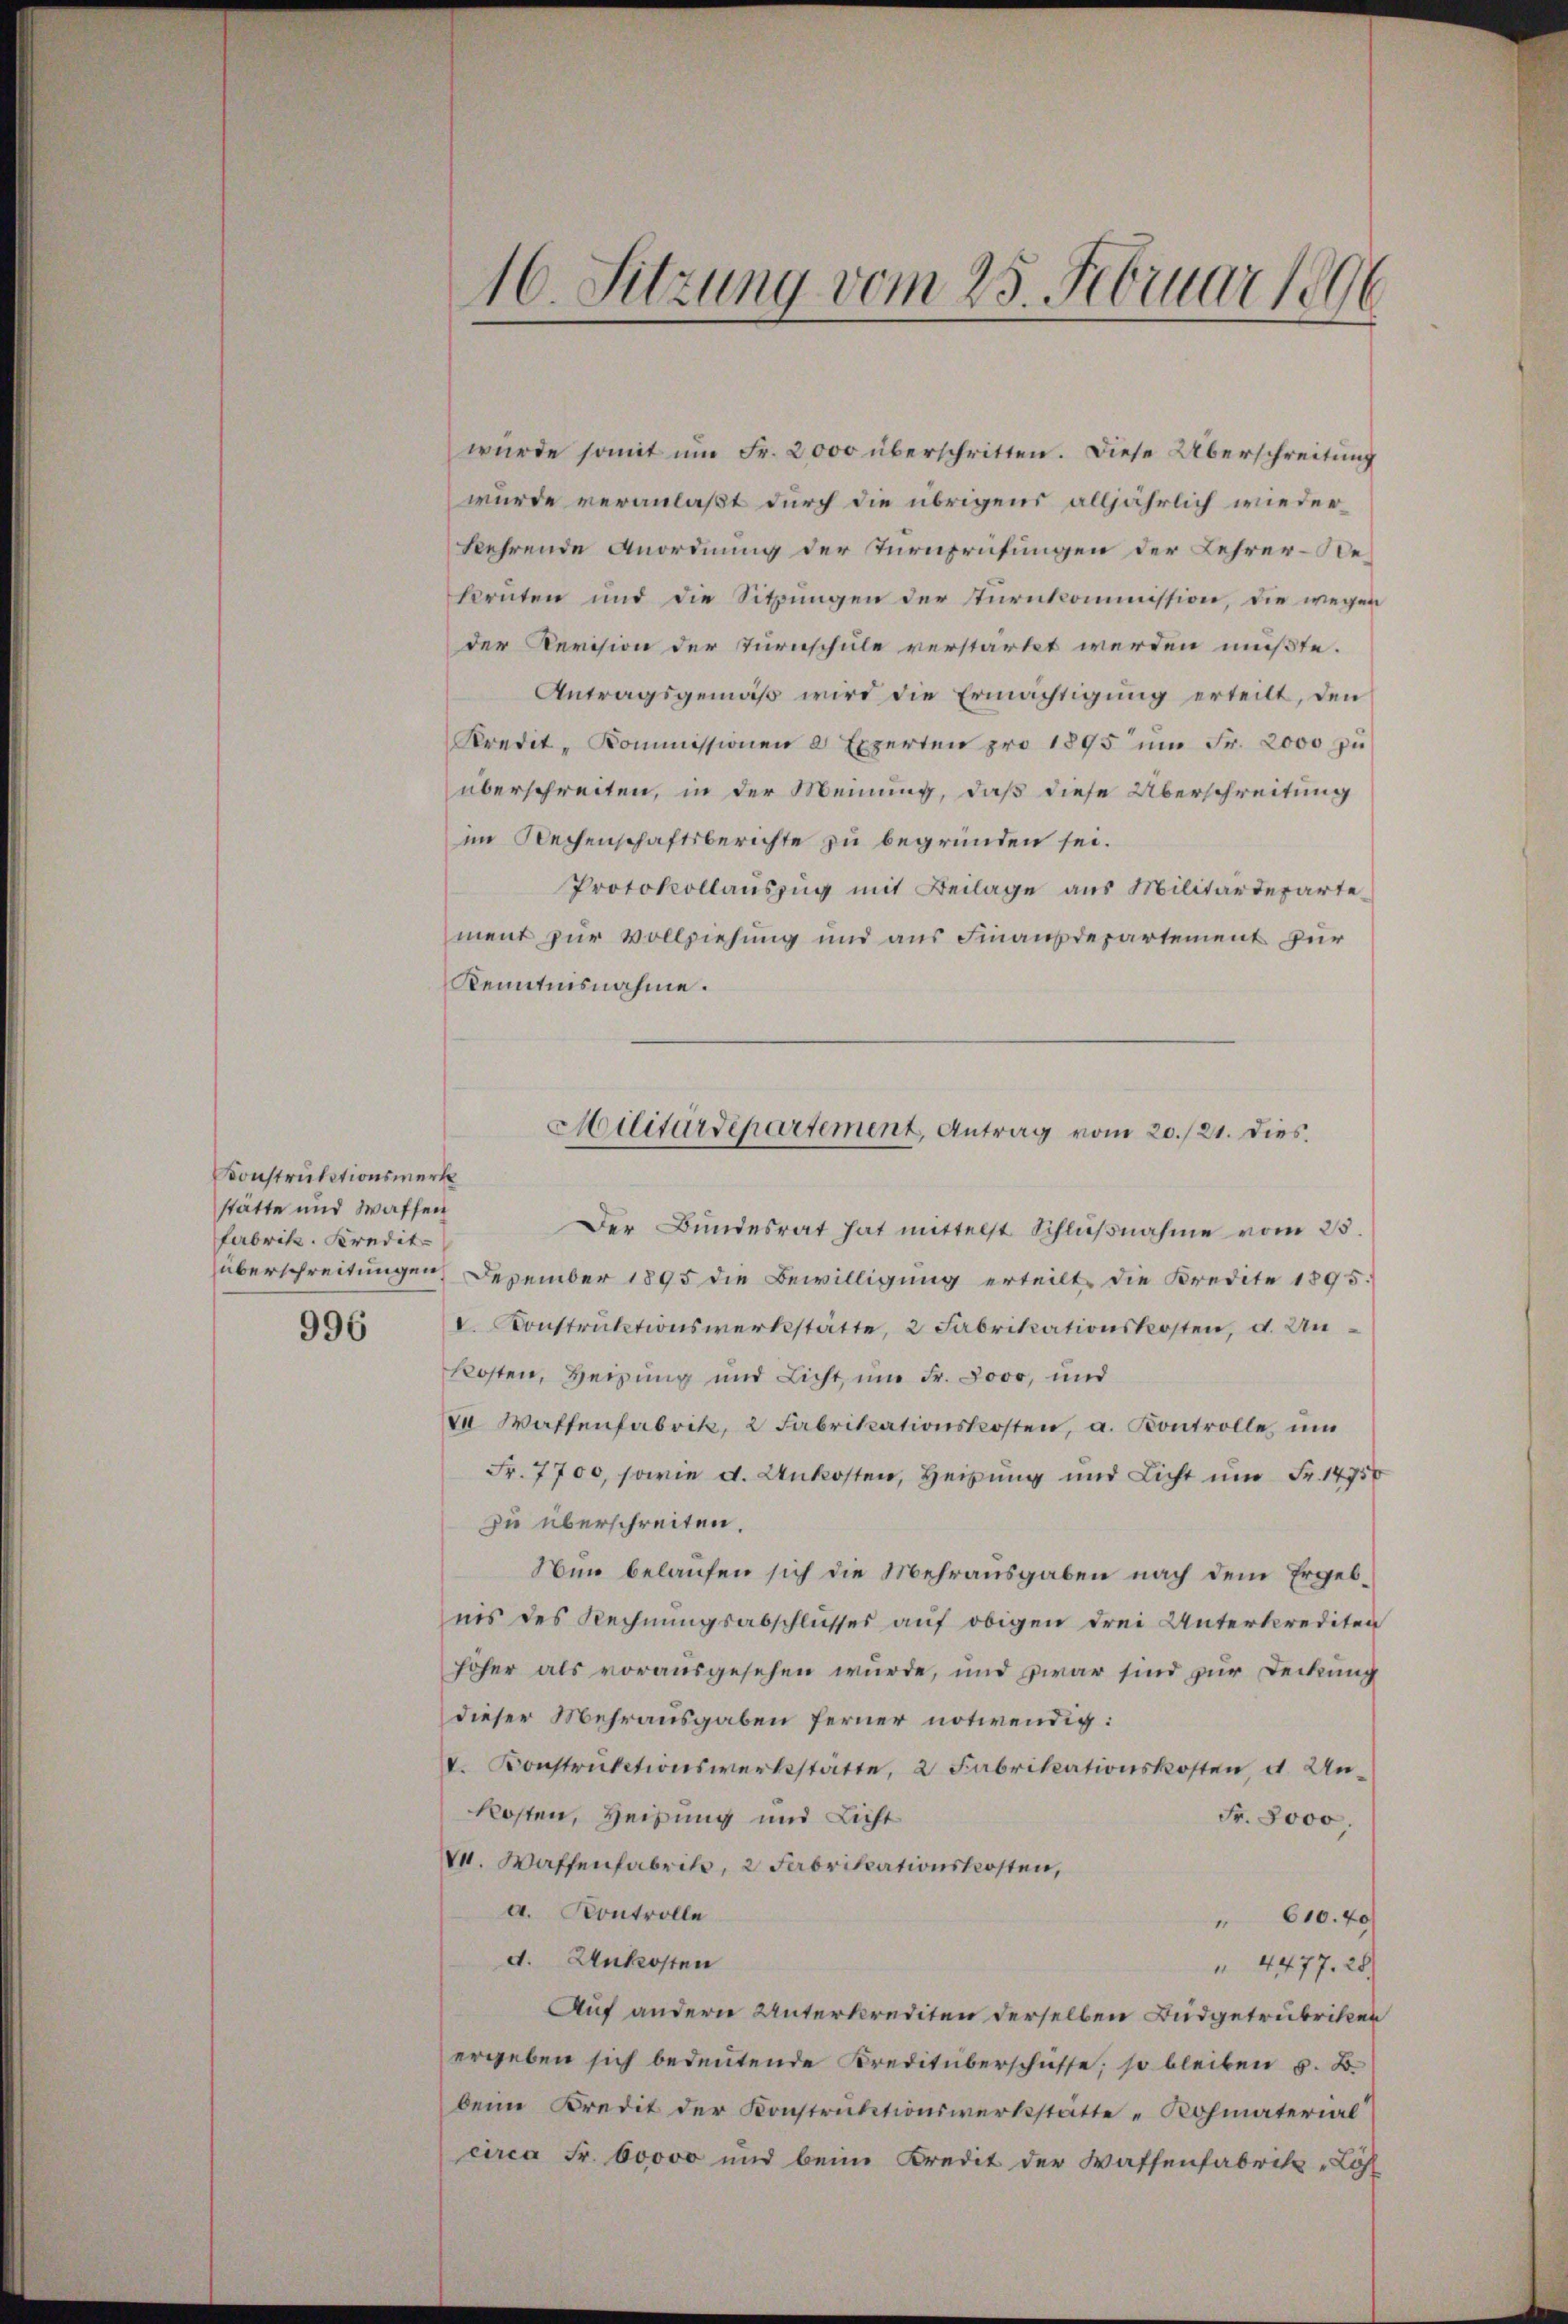
Konstruktionswerk
stätte und Waffen
Fabrik. Kredit-

996

1
16. Sitzung vom 25. Februar 1890

wurde somit um Fr. 2000 überschritten. Diese Überschreitung
wurde veranlaßt durch die übrigens alljährlich wieder
kehrende Anordnung der Turnprüfungen der Lehrer-Rekrüten und die Sitzŭngen der Tŭrnkommission, die wegen
der Revision der Turnschule verstärkt werden mußte.
Antragsgemäß wird die Ermächtigung erteilt, den
Kredit-Kommissionen a Experten pro 1895 ŭm Fr. 2000 zŭ
überschreiten, in der Meinung, daß diese Überschreitung
im Rechenschaftsberichte zu begründen sei.
Protokollauszug mit Beilage aus Militärdeparte
ment zur Vollziehung und aus Finanzdepartement für
Kenntnisnahme.
Der Bundesrat hat mittelst Schlŭβnahme vom 25.
überschreitungen. Dezember 1895 die Bewilligung erteilt die Kredite 1895.
V. Konstruktionswerkstätte, 2 Fabrikationskosten, d. Un
kosten, Heizung und Licht, um Fr. 3000, und
V Waffenfabrik, 2 Fabrikationskosten, a. Kontrolle, um
Fr. 7700, sowie d. Unkosten, Heizung und Licht um Fr. 14750
zu überschreiten.
Nun belaufen sich die Mehrausgaben nach dem Ergebnis des Rechnungsabschlusses auf obigen drei Unterkrediten
höher als vorausgesehen wurde, und zwar sind zur Deckung
dieser Mehrausgaben ferner notwendig:
V. Konstruktionswerkstätte, 2 Fabrikationskosten, d. Unkosten, Heilung und Licht
Fr. 8000.
VV. Waffenfabrik, 2 Fabrikationskosten,
a. Kontrolle
 610. 40
d. Unkosten
 4477. 28
Auf andern Unterkrediten derselben Budgetrubriken
ergeben sich bedeutende Kreditüberschüsse; so bleiben z. B.
beim Kredit der Konstruktionswerkstätte Rohmaterial
circa Fr. 60000 und beim Kredit der Wassenfabrik „Löhl

Militärdepartement, Antrag vom 20./21. dies